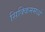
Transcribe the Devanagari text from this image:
सिक्किममध्ये